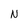
Character: N